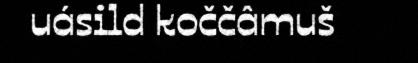
uásild koččâmuš